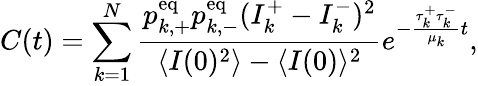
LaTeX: C(t)=\sum_{k=1}^{N}\frac{p_{k,+}^{\mathrm{eq}}p_{k,-}^{\mathrm{eq}}(I_{k}^{+}-I_{k}^{-})^{2}}{\langle I(0)^{2}\rangle-\langle I(0)\rangle^{2}}e^{-\frac{\tau_{k}^{+}\tau_{k}^{-}}{\mu_{k}}t},